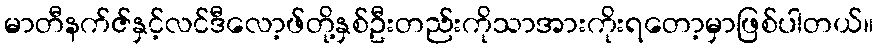
မာတီနက်ဇ်နှင့်လင်ဒီလော့ဖ်တို့နှစ်ဦးတည်းကိုသာအားကိုးရတော့မှာဖြစ်ပါတယ်။